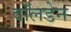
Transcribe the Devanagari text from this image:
वॉलडेन